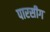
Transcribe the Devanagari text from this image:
पारसीग